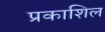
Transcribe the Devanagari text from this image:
प्रकाशिल